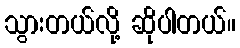
သွားတယ်လို့ ဆိုပါတယ်။